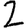
Digit: 2